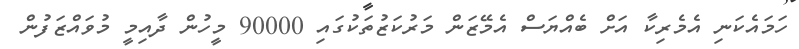
ހަމައެކަނި އެމެރިކާ އަށް ބެއްޔަސް އެމޭޒަން މަރުކަޒުތަކުގައި 90000 މީހުން ދާއިމީ މުވައްޒަފުން